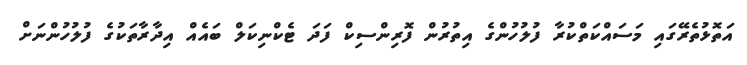
އަތޮޅުތެރޭގައި މަސައްކަތްކުރާ ފުލުހުންގެ އިތުރުން ފޮރިންސިކް ފަދަ ޓެކްނިކަލް ބައެއް އިދާރާތަކުގެ ފުލުހުންނަށް